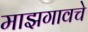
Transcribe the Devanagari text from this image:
माझगावचे